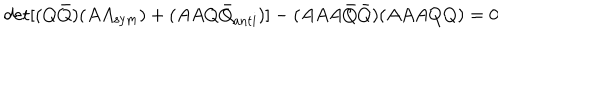
\det [ ( Q { \bar { Q } } ) ( A A _ { \mathrm { s y m } } ) + ( A A Q { \bar { Q } } _ { \mathrm { a n t i } } ) ] - ( A A A { \bar { Q } } { \bar { Q } } ) ( A A A Q Q ) = 0